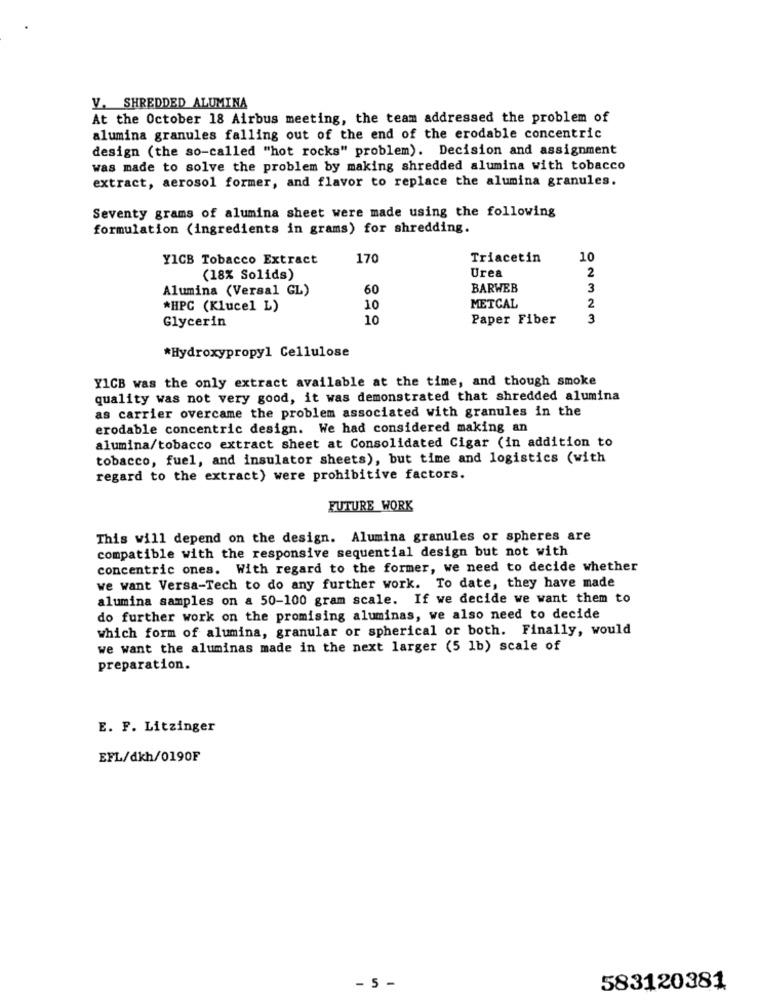
V. SHREDDED ALUMINA
At the October 18 Airbus meeting, the team addressed the problem of
alumina granules falling out of the end of the erodable concentric
design (the so-called "hot rocks" problem). Decision and assignment
was made to solve the problem by making shredded alumina with tobacco
extract, aerosol former, and flavor to replace the alumina granules.
Seventy grams of alumina sheet were made using the following
formulation (ingredients in grams) for shredding.
YICB Tobacco Extract
170
Triacetin
10
Urea
2
(18% Solids)
Alumina (Versal GL)
60
BARWEB
3
*HPC (Klucel L)
10
METCAL
2
Glycerin
10
Paper Fiber
3
*Hydroxypropyl Cellulose
Y1CB was the only extract available at the time, and though smoke
quality was not very good, it was demonstrated that shredded alumina
as carrier overcame the problem associated with granules in the
erodable concentric design. We had considered making an
alumina/tobacco extract sheet at Consolidated Cigar (in addition to
tobacco, fuel, and insulator sheets), but time and logistics (with
regard to the extract) were prohibitive factors.
FUTURE WORK
This will depend on the design. Alumina granules or spheres are
compatible with the responsive sequential design but not with
concentric ones. With regard to the former, we need to decide whether
we want Versa-Tech to do any further work. To date, they have made
alumina samples on a 50-100 gram scale. If we decide we want them to
do further work on the promising aluminas, we also need to decide
which form of alumina, granular or spherical or both. Finally, would
we want the aluminas made in the next larger (5 1b) scale of
preparation.
E. F. Litzinger
EFL/dkh/0190F
- 5 -
583120381